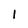
Character: 1